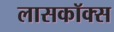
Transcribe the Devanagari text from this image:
लासकॉक्स